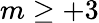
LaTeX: m\geq+3